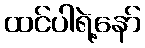
ထင်ပါရဲ့နော်